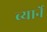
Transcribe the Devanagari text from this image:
ब्यार्ने